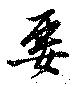
要